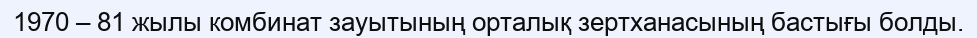
1970 – 81 жылы комбинат зауытының орталық зертханасының бастығы болды.